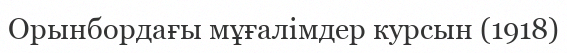
Орынбордағы мұғалімдер курсын (1918)